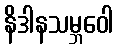
နိဒါနသမ္ဘဝေါ